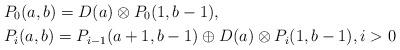
LaTeX: \begin{align*}&P_0(a,b)=D(a) \otimes P_0(1,b-1), \\ &P_i(a,b)=P_{i-1}(a+1,b-1) \oplus D(a) \otimes P_i(1,b-1), i>0 \end{align*}